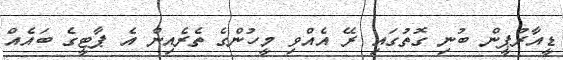
ޑީއާރުޕީން ބުނި ގޮތުގައި ރޭ އެއްވި މީހުންގެ ތެރެއިން އެ ޕާޓީގެ ބައެއް